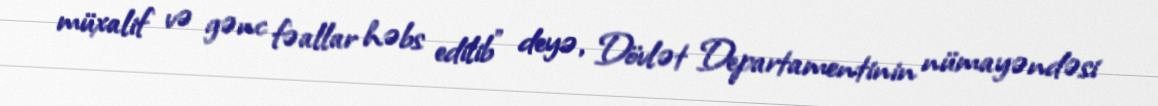
müxalif və gənc fəallar həbs edilib” deyə, Dövlət Departamentinin nümayəndəsi